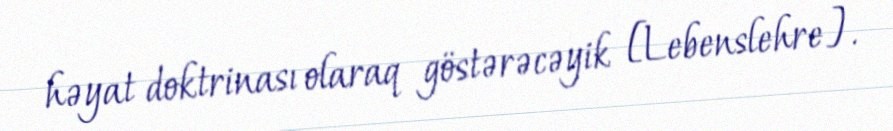
həyat doktrinası olaraq göstərəcəyik [Lebenslehre].